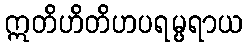
ဣတိဟိတိဟပရမ္ပရာယ